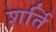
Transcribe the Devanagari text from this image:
शर्ति